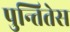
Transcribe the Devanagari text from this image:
पुन्तितेस